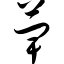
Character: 萆